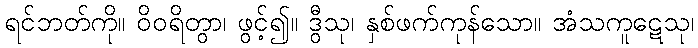
ရင်ဘတ်ကို။ ဝိဝရိတွာ၊ ဖွင့်၍။ ဒွီသု၊ နှစ်ဖက်ကုန်သော။ အံသကူဋေသု၊